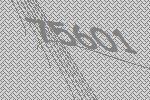
75601